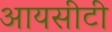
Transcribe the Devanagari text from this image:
आयसीटी